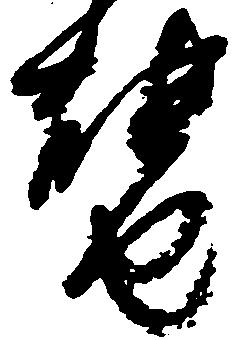
替